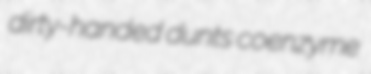
dirty-handed dunts coenzyme